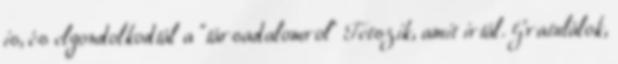
is, és elgondolkodtál a "társadalomrol" Tetszik, amit irtál. Gratulálok,